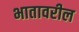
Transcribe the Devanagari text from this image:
भातावरील